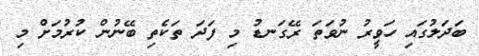
ބަދަލުގައި ހަވީރު ނުވަތަ ރޭގަނޑު މި ފަދަ ތަކެތި ބޭނުން ކުރުމަށް މި